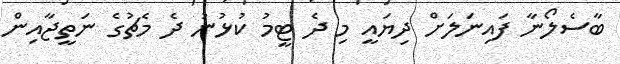
ބާސެލޯނާ ފައިނަލަށް ދިޔައީ މި ދެ ޓީމު ކުޅުނު ދެ މެޗުގެ ނަތީޖާއިން